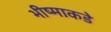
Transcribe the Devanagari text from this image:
भीष्माकडे